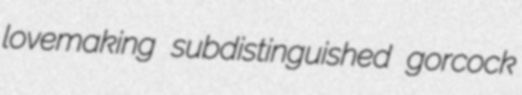
lovemaking subdistinguished gorcock